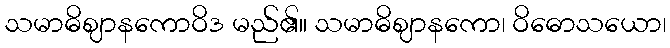
သမာဓိဈာနကောဝိဒ မည်၏။ သမာဓိဈာနကော၊ ဝိဓောသယော၊